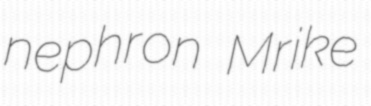
nephron Mrike